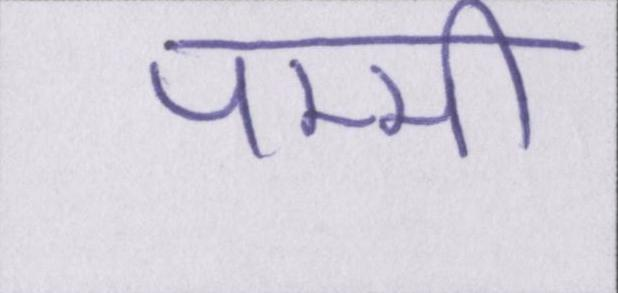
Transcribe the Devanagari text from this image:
पम्मी